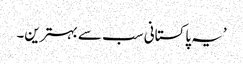
’یہ پاکستانی سب سے بہترین۔